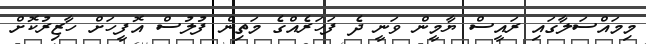
މިމައްސަލާގައި ރައީސް ޔާމީން ވަނީ ދެ ފަހަރެއްގެ މަތިން ފުލުސް އޮފީހަށް ހާޒިރުކޮށް